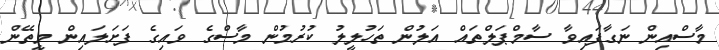
މާސްއިން ނަގާފައިވާ ސާމްޕަލްތައް އަލުން ތަހުލީލު ކުރުމުން މާސްގެ ވައިގެ ފަށަލައިން މީތޭން